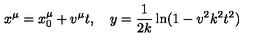
x ^ { \mu } = x _ { 0 } ^ { \mu } + v ^ { \mu } t , \quad y = \frac { 1 } { 2 k } \ln ( 1 - v ^ { 2 } k ^ { 2 } t ^ { 2 } )